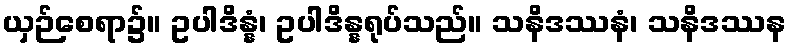
ယှဉ်စေရာ၌။ ဥပါဒိန္နံ၊ ဥပါဒိန္နရုပ်သည်။ သနိဒဿနံ၊ သနိဒဿန